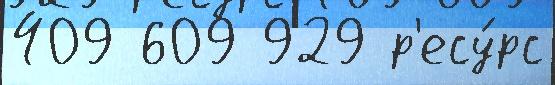
409 609 929 р'есу́рс